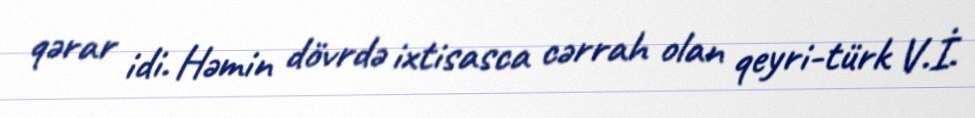
qərar idi. Həmin dövrdə ixtisasca cərrah olan qeyri-türk V.İ.